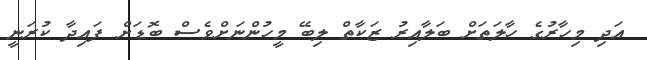
އަދި މިހާރުގެ ހާލަތަށް ބަލާއިރު ޒަކާތް ލިބޭ މީހުންނަށްވެސް ބޮޑަށް ފައިދާ ކުރަނީ